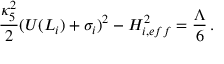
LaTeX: \frac { \kappa _ { 5 } ^ { 2 } } { 2 } ( U ( L _ { i } ) + \sigma _ { i } ) ^ { 2 } - H _ { i , e f f } ^ { 2 } = \frac { \Lambda } { 6 } \, .